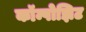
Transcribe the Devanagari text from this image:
कॉम्पोझिट